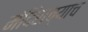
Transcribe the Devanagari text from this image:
मंदिराच्याच